Lunatic asylums Madras 1892-1911 - 1892-1911
Year: 1892
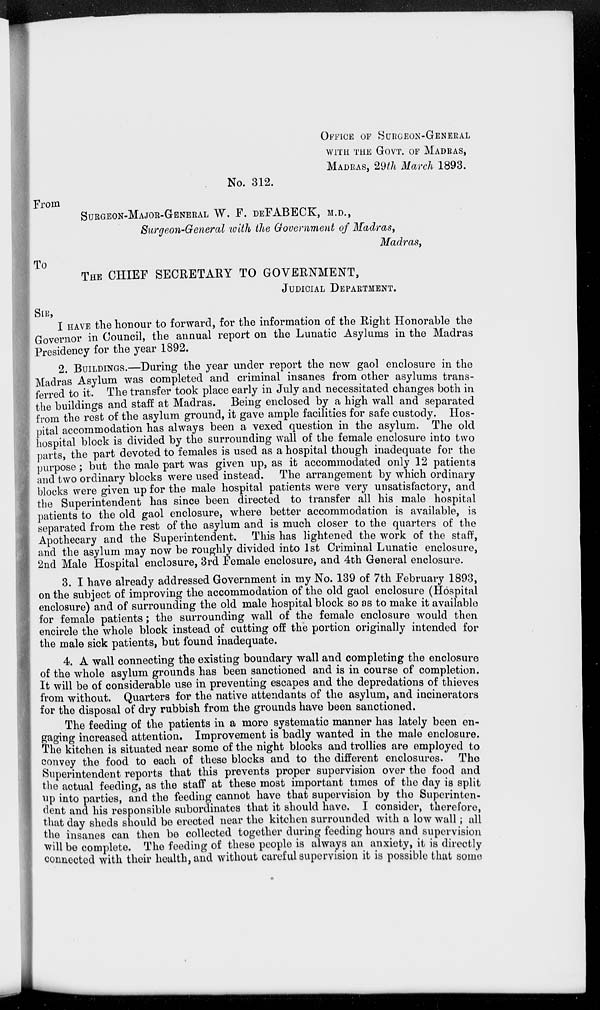
OFFICE OF SURGEON-GENERAL
WITH THE GOVT. OF MADRAS,
MADRAS, 29th March 1893.
No. 312.
From
SURGEON-MAJOR-GENERAL W. F. DEFABECK, M.D.,
Surgeon-General with the Government of Madras,
Madras,
To
THE CHIEF SECRETARY TO GOVERNMENT,
JUDICIAL DEPARTMENT.
SIR,
I HAVE the honour to forward, for the information of the Right Honorable the
Governor in Council, the annual report on the Lunatic Asylums in the Madras
Presidency for the year 1892.
2. BUILDINGS.—During the year under report the new gaol enclosure in the
Madras Asylum was completed and criminal insanes from other asylums trans-
ferred to it. The transfer took place early in July and necessitated changes both in
the buildings and staff at Madras. Being enclosed by a high wall and separated
from the rest of the asylum ground, it gave ample facilities for safe custody. Hos-
pital accommodation has always been a vexed question in the asylum. The old
hospital block is divided by the surrounding wall of the female enclosure into two
parts, the part devoted to females is used as a hospital though inadequate for the
purpose; but the male part was given up, as it accommodated only 12 patients
and two ordinary blocks were used instead. The arrangement by which ordinary
blocks were given up for the male hospital patients were very unsatisfactory, and
the Superintendent has since been directed to transfer all his male hospital
patients to the old gaol enclosure, where better accommodation is available, is
separated from the rest of the asylum and is much closer to the quarters of the
Apothecary and the Superintendent. This has lightened the work of the staff,
and the asylum may now be roughly divided into 1st Criminal Lunatic enclosure,
2nd Male Hospital enclosure, 3rd Female enclosure, and 4th General enclosure.
3. I have already addressed Government in my No. 139 of 7th February 1893,
on the subject of improving the accommodation of the old gaol enclosure (Hospital
enclosure) and of surrounding the old male hospital block so as to make it available
for female patients; the surrounding wall of the female enclosure would then
encircle the whole block instead of cutting off the portion originally intended for
the male sick patients, but found inadequate.
4. A wall connecting the existing boundary wall and completing the enclosure
of the whole asylum grounds has been sanctioned and is in course of completion.
It will be of considerable use in preventing escapes and the depredations of thieves
from without. Quarters for the native attendants of the asylum, and incinerators
for the disposal of dry rubbish from the grounds have been sanctioned.
The feeding of the patients in a more systematic manner has lately been en-
gaging increased attention. Improvement is badly wanted in the male enclosure.
The kitchen is situated near some of the night blocks and trollies are employed to
convey the food to each of these blocks and to the different enclosures. The
Superintendent reports that this prevents proper supervision over the food and
the actual feeding, as the staff at these most important times of the day is split
up into parties, and the feeding cannot have that supervision by the Superinten-
dent and his responsible subordinates that it should have. I consider, therefore,
that day sheds should be erected near the kitchen surrounded with a low wall; all
the insanes can then be collected together during feeding hours and supervision
will be complete. The feeding of these people is always an anxiety, it is directly
connected with their health, and without careful supervision it is possible that some